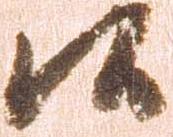
候